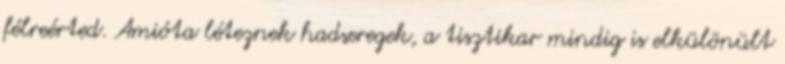
félreérted. Amióta léteznek hadseregek, a tisztikar mindig is elkülönült